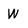
Character: W